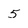
Character: 5